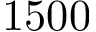
1 5 0 0